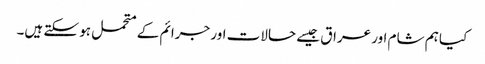
کیا ہم شام اور عراق جیسے حالات اور جرائم کے متحمل ہو سکتے ہیں۔